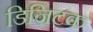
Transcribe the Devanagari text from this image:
डिजिटक